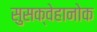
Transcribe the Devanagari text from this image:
सुसक्वेहानोक